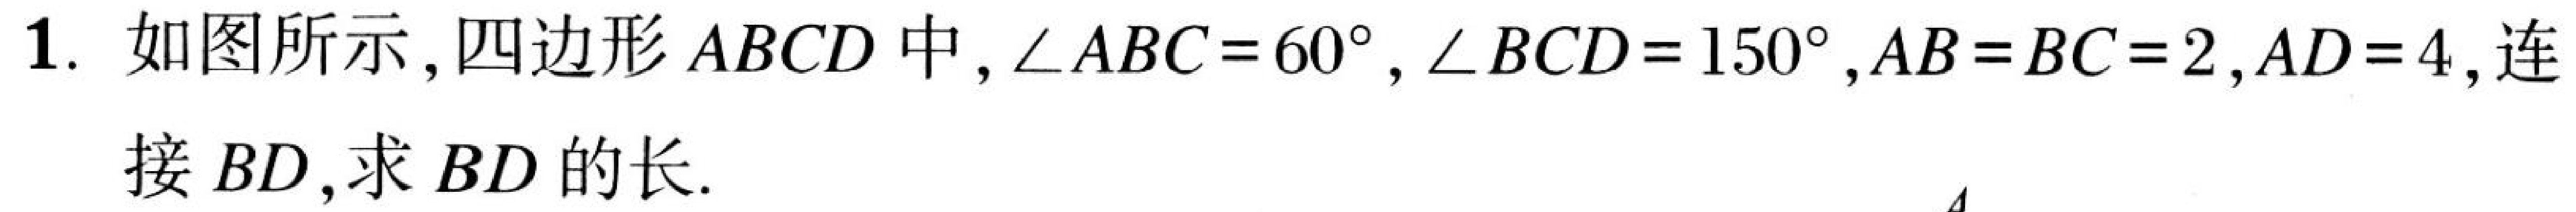
1. 如图所示, 四边形\(ABCD\)中, \(\angle ABC = 60^{\circ}\), \(\angle BCD = 150^{\circ}\), \(AB = BC = 2\), \(AD = 4\), 连
接\(BD\), 求\(BD\)的长.